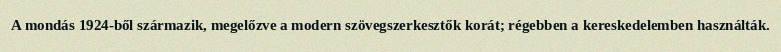
A mondás 1924-ből származik, megelőzve a modern szövegszerkesztők korát; régebben a kereskedelemben használták.